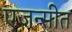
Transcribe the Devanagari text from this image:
एजन्सीत